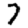
Digit: 7